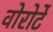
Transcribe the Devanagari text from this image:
वोरोर्टे